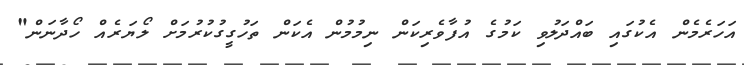
އަހަރެމެން އެކުގައި ބައްދަލުވި ކަމުގެ އުފާވެރިކަން ނިމުމުން އެކަން ތަހުގީގުކުރުމަށް ލޯޔަރެއް ހޯދާނަން"